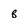
Character: B